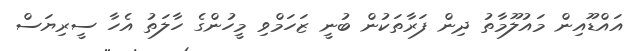
އައްޑޫއިން މައުލޫމާތު ދިން ފަރާތަކުން ބުނީ ޒަހަމްވި މީހުންގެ ހާލަތު އެހާ ސީރިޔަސް